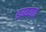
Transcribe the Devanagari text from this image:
डग्ग्यात